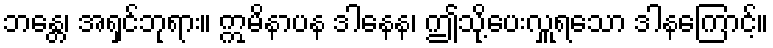
ဘန္တေ၊ အရှင်ဘုရား။ ဣမိနာပန ဒါနေန၊ ဤသို့ပေးလှူရသော ဒါနကြောင့်။